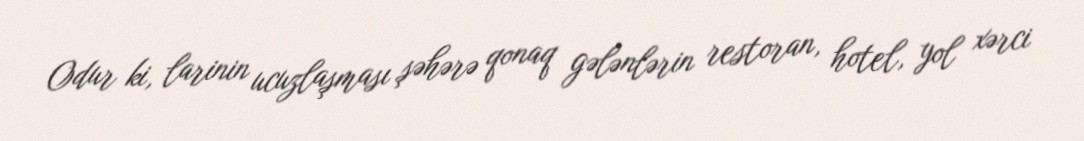
Odur ki, larinin ucuzlaşması şəhərə qonaq gələnlərin restoran, hotel, yol xərci